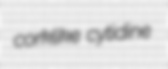
corklike cytidine